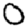
Digit: 0